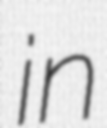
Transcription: in